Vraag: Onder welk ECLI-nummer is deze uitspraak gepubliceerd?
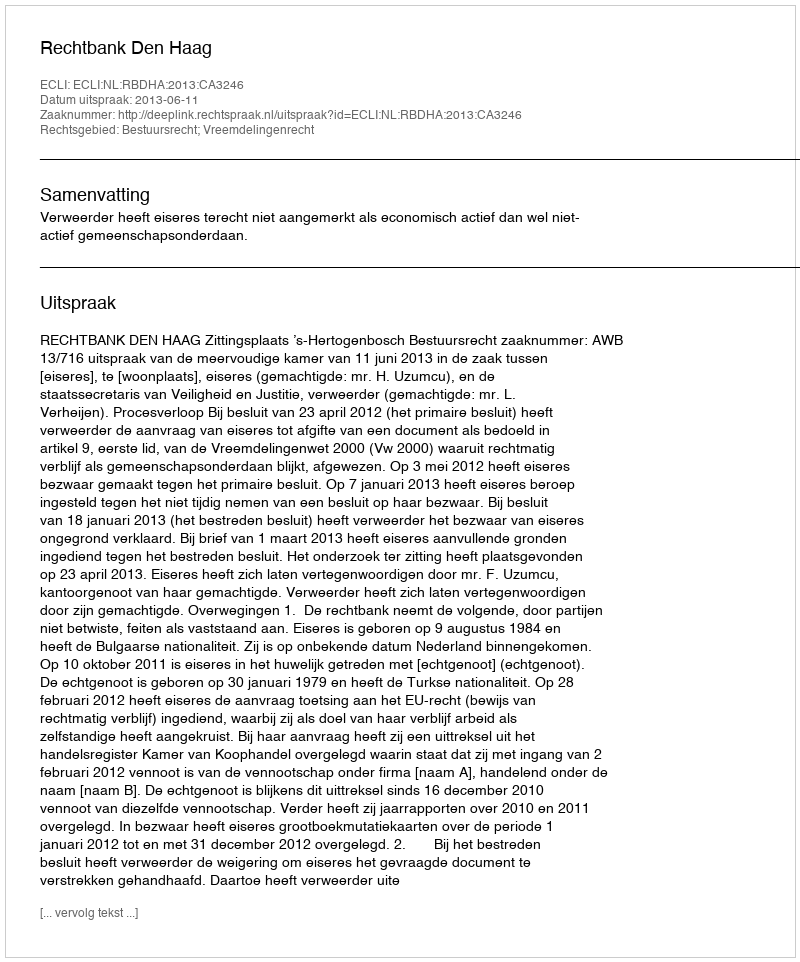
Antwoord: ECLI:NL:RBDHA:2013:CA3246